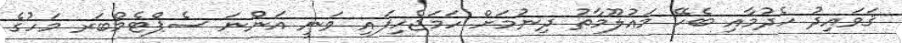
ޤަވައިދު ހެދުމާއި ބެހޭ މައުލޫމާތު ދިނުމަށް ހަމަޖެހިފައި ވަނީ އަންނަ ސެޕްޓެމްބަރ މަހުގެ